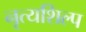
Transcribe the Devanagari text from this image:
नृत्यशिल्प